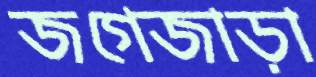
জগেজাড়া